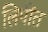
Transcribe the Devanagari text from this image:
लिपींत